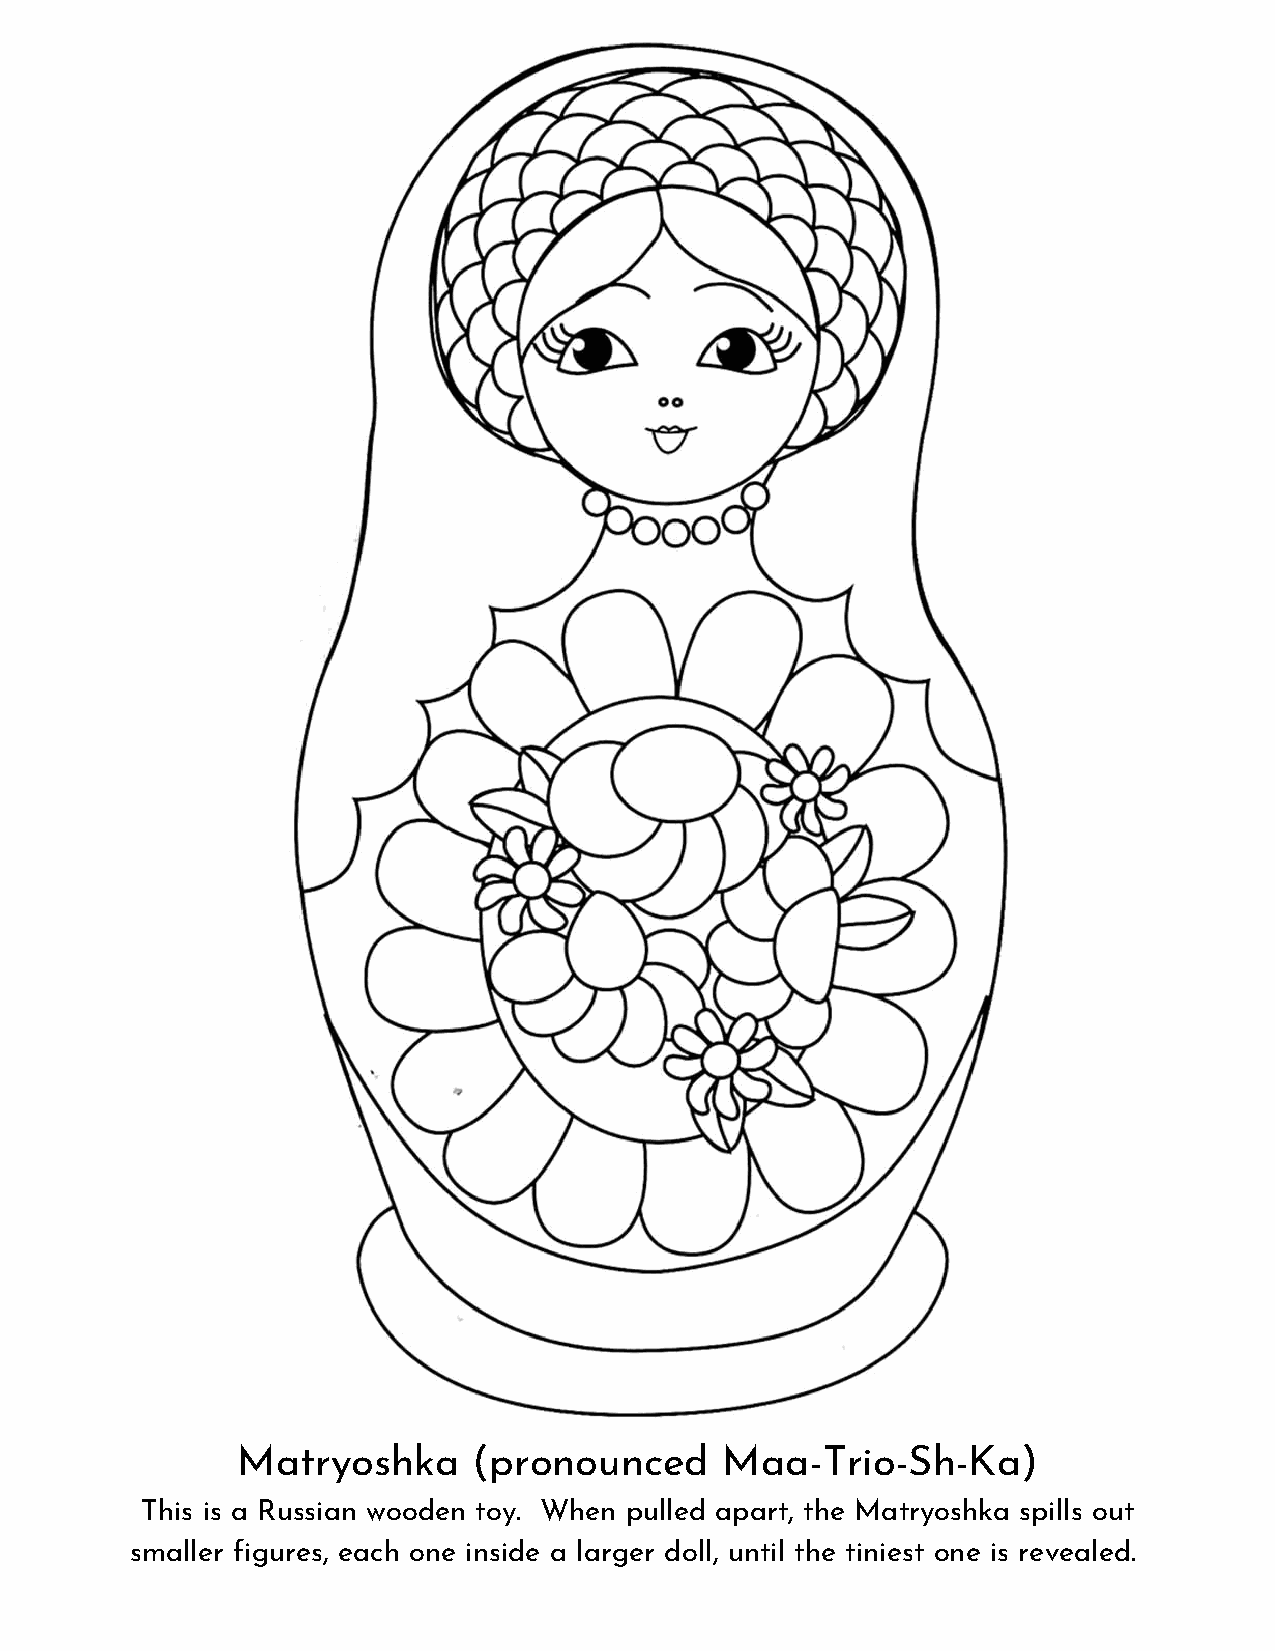
Matryoshka     (pronounced      Maa-Trio-Sh-Ka)
 This is a Russian wooden toy. When pulled apart, the Matryoshka spills out
 smaller figures, each one inside a larger doll, until the tiniest one is revealed.